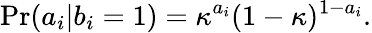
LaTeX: \mathrm{Pr}(a_{i}|b_{i}=1)=\kappa^{a_{i}}(1-\kappa)^{1-a_{i}}.